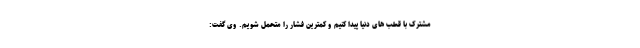
مشترک با قطب های دنیا پیدا کنیم و کمترین فشار را متحمل شویم. وی گفت: